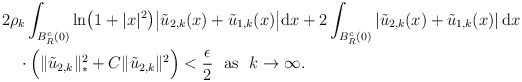
\begin{align*}\begin{aligned} &2\rho_k\int_{B_R^c(0)}{\rm ln}\big(1+|x|^2\big)\big|\tilde u_{2,k}(x)+\tilde u_{1,k}(x)\big|{\rm d}x+2\int_{B_R^c(0)}\left|\tilde u_{2,k}(x)+\tilde u_{1,k}(x)\right|{\rm d}x\\ &\quad\cdot\Big(\|\tilde u_{2,k}\|_*^2+C\|\tilde u_{2,k}\|^2\Big) < \frac{\epsilon}{2}\ \ \mbox{as}\ \ k\to\infty.\end{aligned}\end{align*}